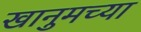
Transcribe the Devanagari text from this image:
खानुमच्या